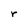
Character: r